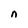
Character: n